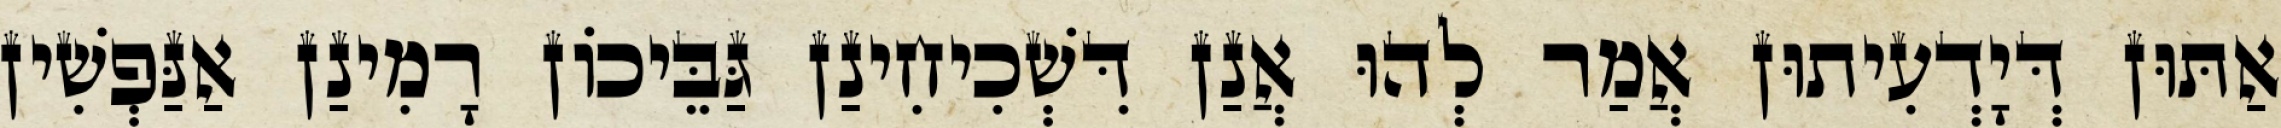
אַתּוּן דְּיָדְעִיתוּן אֲמַר לְהוּ אֲנַן דִּשְׁכִיחִינַן גַּבֵּיכוֹן רָמִינַן אַנַּפְשִׁין